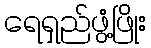
ရေရှည်ဖွံ့ဖြိုး